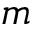
m